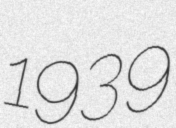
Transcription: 1939